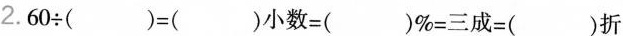
2.60÷( )=( )小数=( )%=三成=( )折